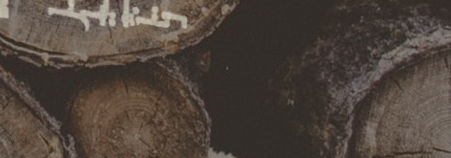
تأجير سيارات عائلية و سيا